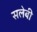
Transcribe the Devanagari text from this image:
सलेबी